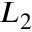
L _ { 2 }